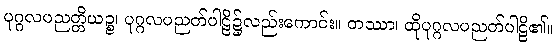
ပုဂ္ဂလပညတ္တိယဉ္စ၊ ပုဂ္ဂလပညတ်ပါဠိ၌လည်းကောင်း။ တဿာ၊ ထိုပုဂ္ဂလပညတ်ပါဠိ၏။